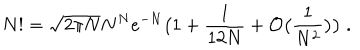
N ! = \sqrt { 2 \pi N } N ^ { N } e ^ { - N } \big ( 1 + \frac { 1 } { 1 2 N } + { \cal O } \big ( \frac { 1 } { N ^ { 2 } } \big ) \big ) \; .